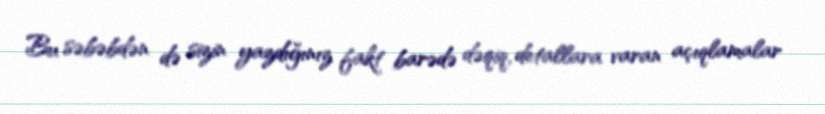
Bu səbəbdən də sizin yazdığınız fakt barədə dəqiq, detallara varan açıqlamalar